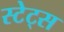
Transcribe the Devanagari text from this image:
स्टेट्‍स